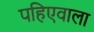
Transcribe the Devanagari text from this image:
पहिएवाला